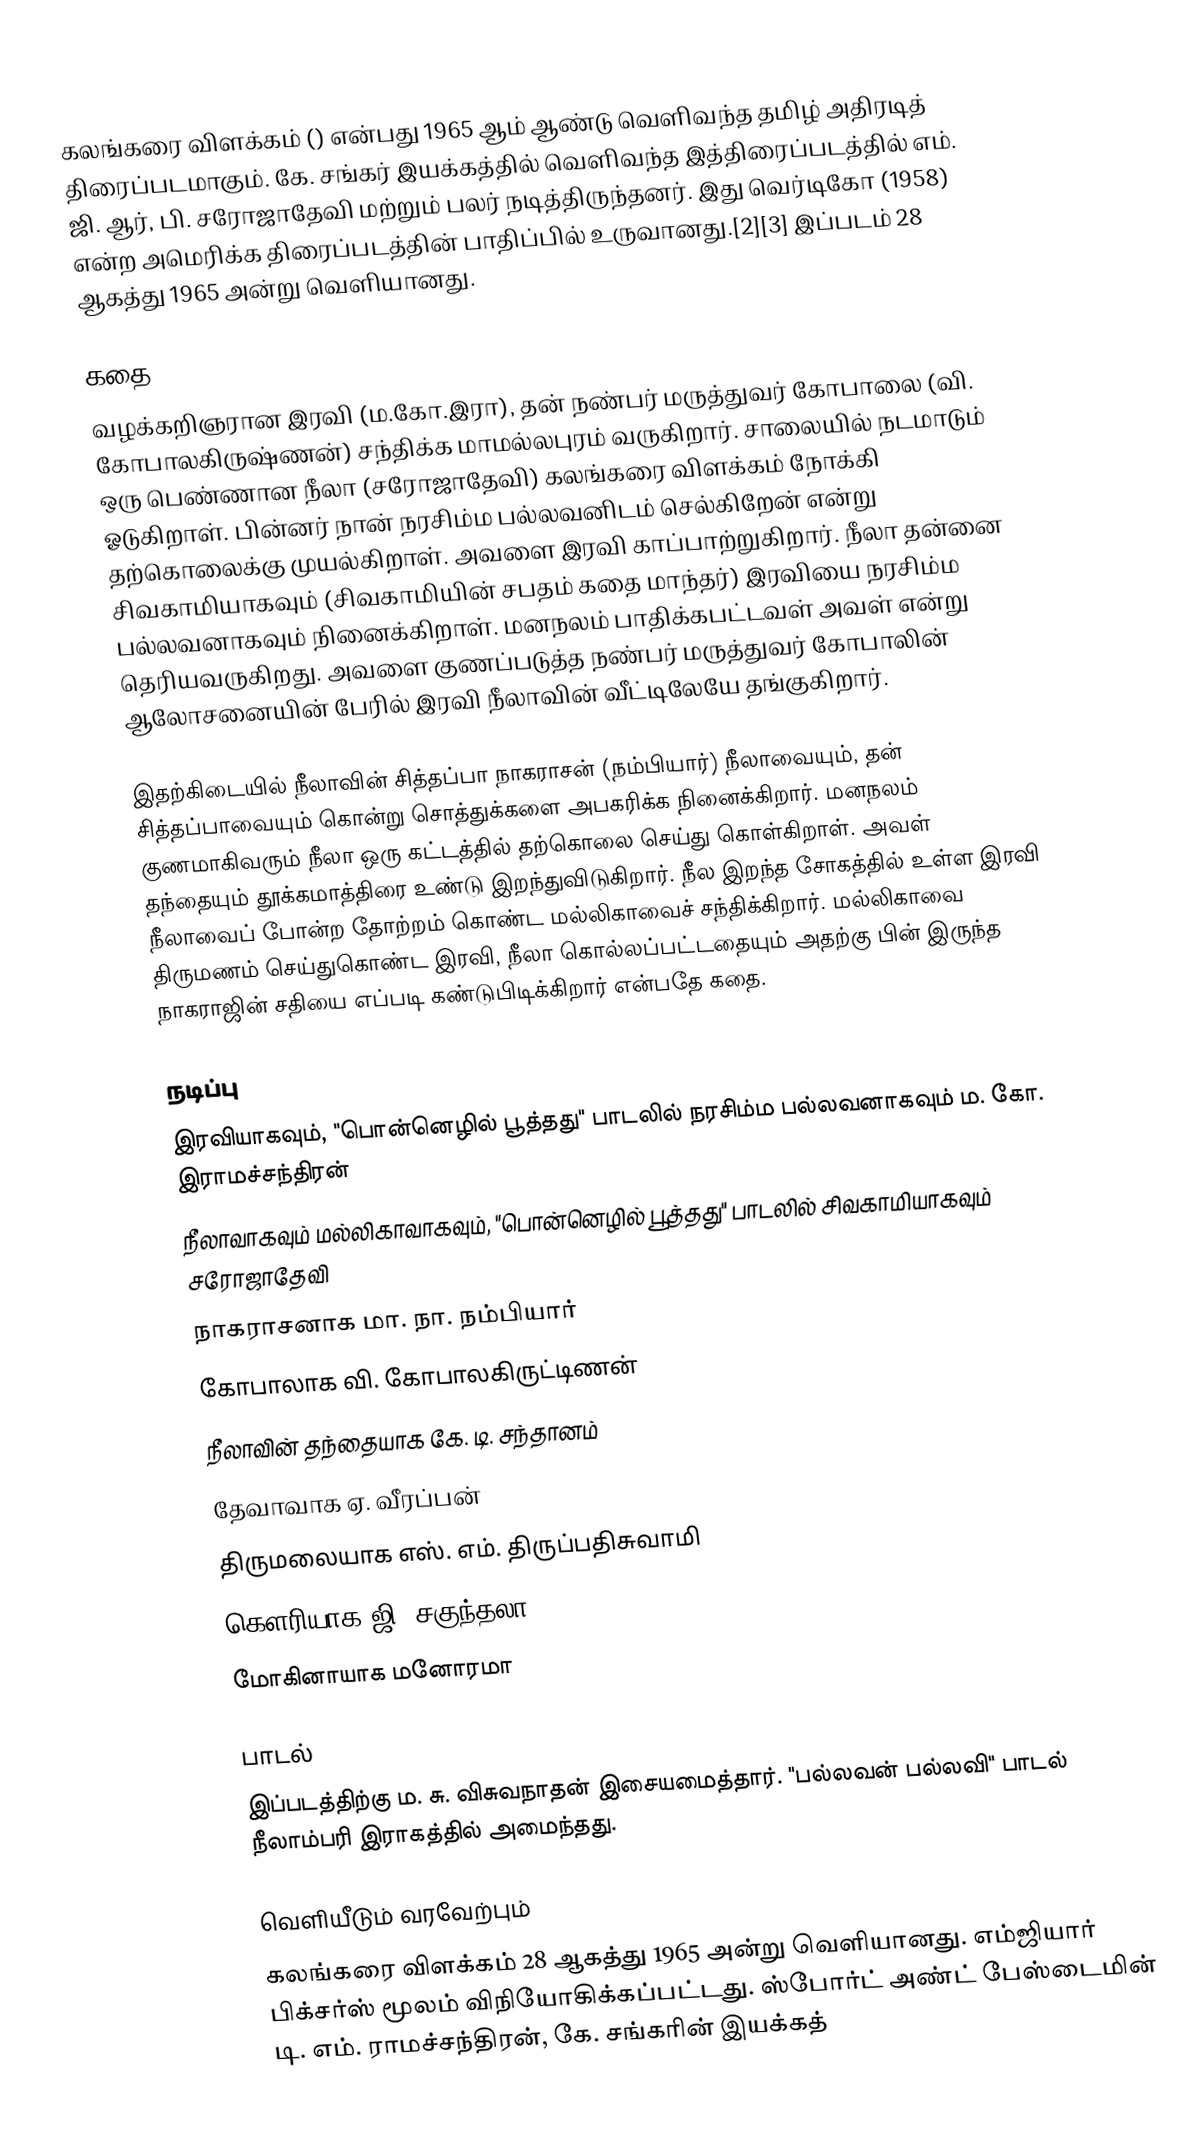
கலங்கரை விளக்கம் () என்பது 1965 ஆம் ஆண்டு வெளிவந்த தமிழ் அதிரடித் திரைப்படமாகும். கே. சங்கர் இயக்கத்தில் வெளிவந்த இத்திரைப்படத்தில் எம். ஜி. ஆர், பி. சரோஜாதேவி மற்றும் பலர் நடித்திருந்தனர்.  இது வெர்டிகோ (1958) என்ற அமெரிக்க திரைப்படத்தின் பாதிப்பில் உருவானது.[2][3] இப்படம் 28 ஆகத்து 1965 அன்று வெளியானது.

கதை
வழக்கறிஞரான இரவி (ம.கோ.இரா), தன் நண்பர் மருத்துவர் கோபாலை (வி. கோபாலகிருஷ்ணன்) சந்திக்க மாமல்லபுரம் வருகிறார். சாலையில் நடமாடும் ஒரு பெண்ணான நீலா (சரோஜாதேவி) கலங்கரை விளக்கம் நோக்கி ஓடுகிறாள். பின்னர் நான் நரசிம்ம பல்லவனிடம் செல்கிறேன் என்று தற்கொலைக்கு முயல்கிறாள். அவளை இரவி காப்பாற்றுகிறார். நீலா தன்னை சிவகாமியாகவும் (சிவகாமியின் சபதம் கதை மாந்தர்) இரவியை நரசிம்ம பல்லவனாகவும் நினைக்கிறாள். மனநலம் பாதிக்கபட்டவள் அவள் என்று தெரியவருகிறது. அவளை குணப்படுத்த நண்பர் மருத்துவர் கோபாலின் ஆலோசனையின் பேரில் இரவி நீலாவின் வீட்டிலேயே தங்குகிறார்.

இதற்கிடையில் நீலாவின் சித்தப்பா நாகராசன் (நம்பியார்) நீலாவையும், தன் சித்தப்பாவையும் கொன்று சொத்துக்களை அபகரிக்க நினைக்கிறார். மனநலம் குணமாகிவரும் நீலா ஒரு கட்டத்தில் தற்கொலை செய்து கொள்கிறாள். அவள் தந்தையும் தூக்கமாத்திரை உண்டு இறந்துவிடுகிறார். நீல இறந்த சோகத்தில் உள்ள இரவி நீலாவைப் போன்ற தோற்றம் கொண்ட மல்லிகாவைச் சந்திக்கிறார். மல்லிகாவை திருமணம் செய்துகொண்ட இரவி, நீலா கொல்லப்பட்டதையும் அதற்கு பின் இருந்த நாகராஜின் சதியை எப்படி கண்டுபிடிக்கிறார் என்பதே கதை.

நடிப்பு
 இரவியாகவும், "பொன்னெழில் பூத்தது" பாடலில் நரசிம்ம பல்லவனாகவும் ம. கோ. இராமச்சந்திரன்
 நீலாவாகவும் மல்லிகாவாகவும், "பொன்னெழில் பூத்தது" பாடலில் சிவகாமியாகவும் சரோஜாதேவி
 நாகராசனாக மா. நா. நம்பியார்
 கோபாலாக வி. கோபாலகிருட்டிணன்
 நீலாவின் தந்தையாக கே. டி. சந்தானம்
 தேவாவாக ஏ. வீரப்பன்
 திருமலையாக எஸ். எம். திருப்பதிசுவாமி
 கௌரியாக ஜி. சகுந்தலா
 மோகினாயாக மனோரமா

பாடல்
இப்படத்திற்கு ம. சு. விசுவநாதன் இசையமைத்தார். "பல்லவன் பல்லவி" பாடல் நீலாம்பரி இராகத்தில் அமைந்தது.

வெளியீடும் வரவேற்பும்
கலங்கரை விளக்கம் 28 ஆகத்து 1965 அன்று வெளியானது. எம்ஜியார் பிக்சர்ஸ் மூலம் விநியோகிக்கப்பட்டது. ஸ்போர்ட் அண்ட் பேஸ்டைமின் டி. எம். ராமச்சந்திரன், கே. சங்கரின் இயக்கத்